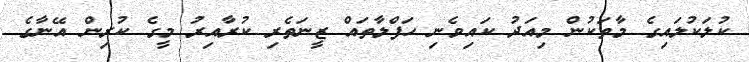
ކުލަކުލައިގެ މާތަކުން މިއަދު ކައިވެނި ހަފްލާތައް ޒީނަތެރި ކުރާއިރު މީގެ ކުރިން އޭނާގެ